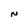
Character: N